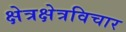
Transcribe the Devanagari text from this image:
क्षेत्रक्षेत्रविचार